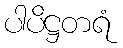
ပါပိဋ္ဌတရံ